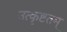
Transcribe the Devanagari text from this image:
उत्कृष्टतम्